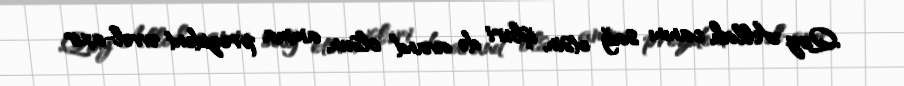
Qoy Allah canını sağ etsin, işləri də avand olsun, amma prezident əvvəl-axır